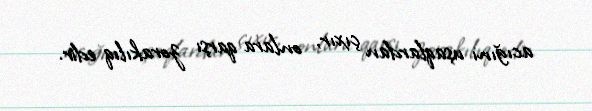
acığını uşaqlardan çıxır, onlara qarşı zorakılıq edir.